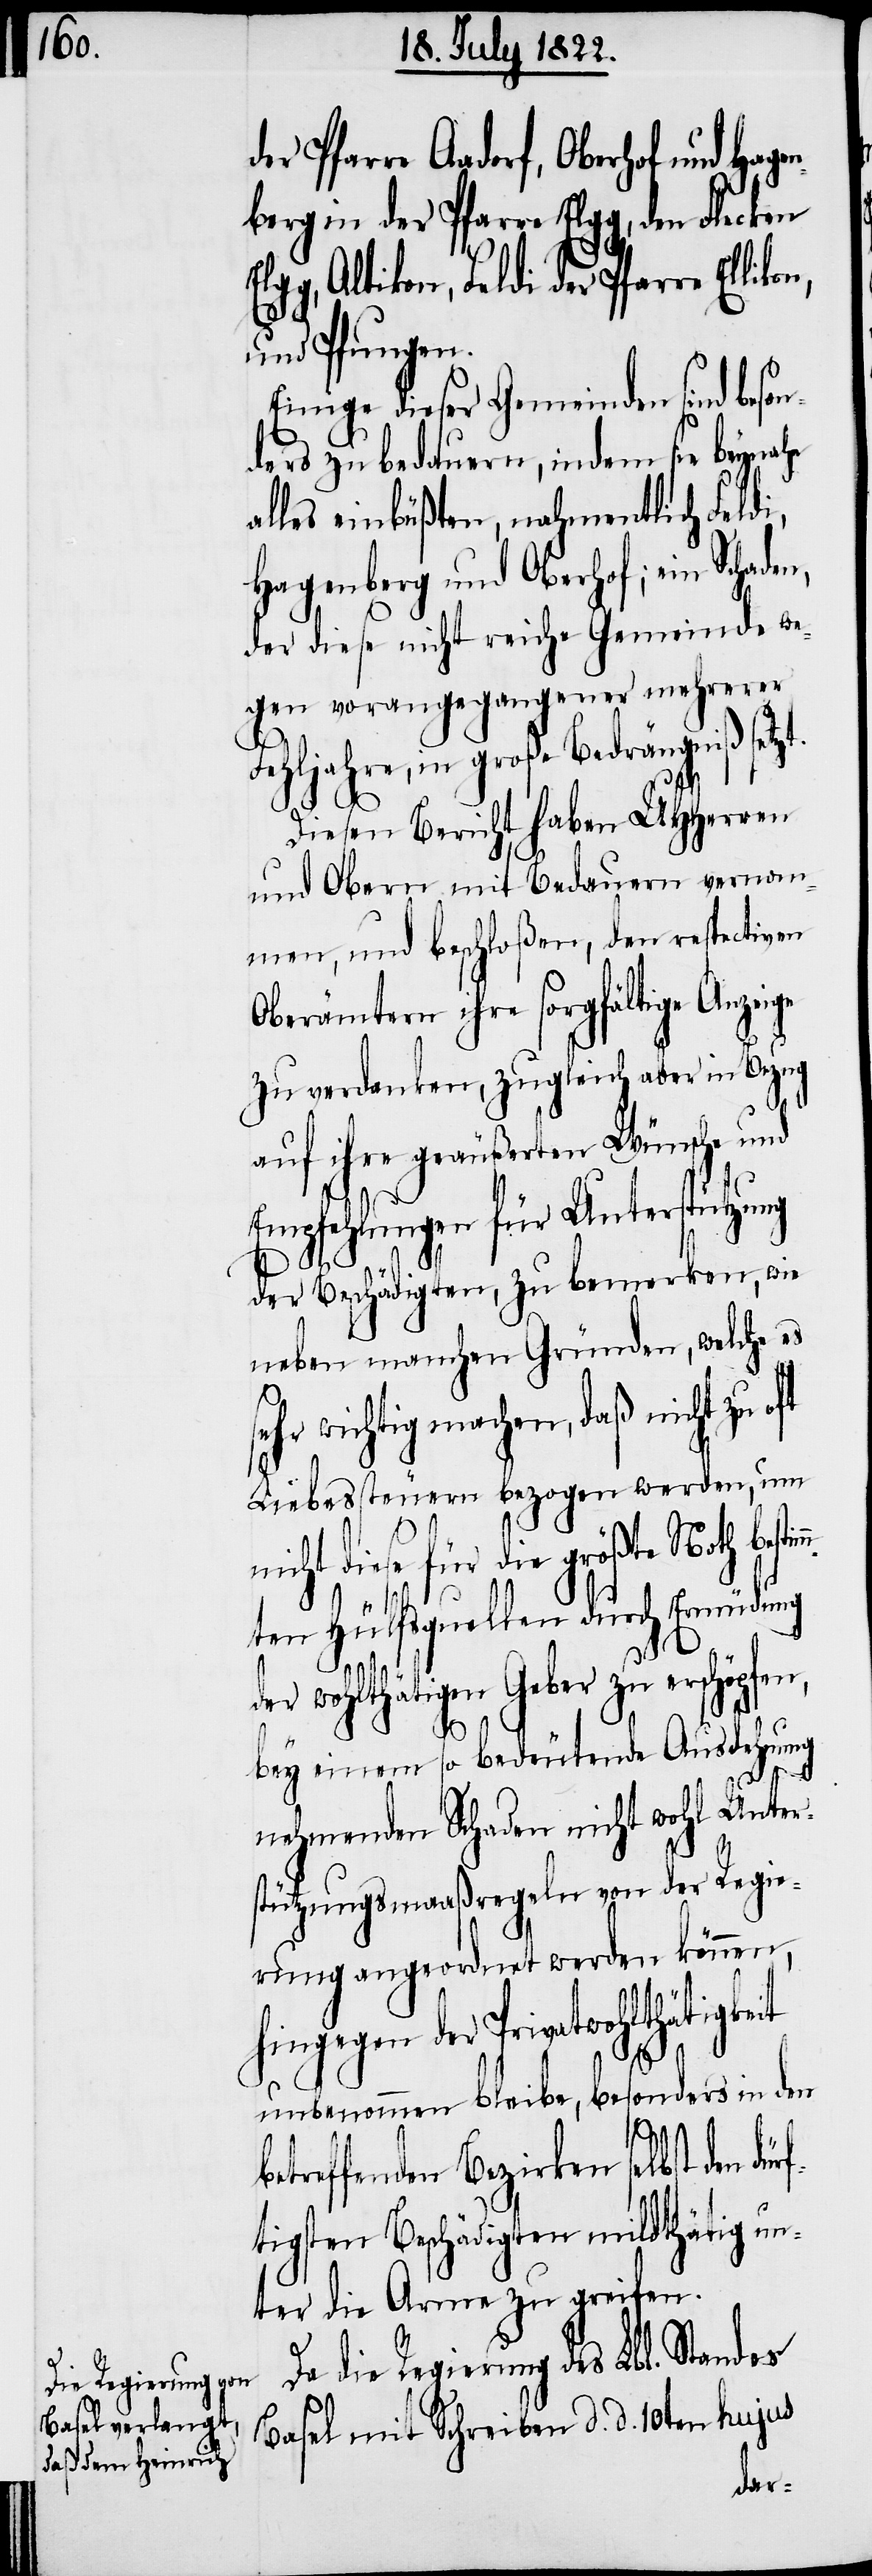
der Pfarre Aadorf, Oberhof und Hage¬
nberg in der Pfarre Elgg, den Flecken
Altikon, Feldi der Pfarre Elli¬
und Pfungen.
Einige dieser Gemeinden sind beson¬
ders zu bedauern, indem sie beynahe
alles einbüßten, nahmentlich Feldi,
Hagenberg und Oberdorf; ein Scha¬
der diese nicht reiche Gemeinde we¬
gen vorangegangener mehrerer
Fehljahre, in große Bedrängniß set¬
Diesen Bericht haben UHHerrn
und Obern mit Bedauern vernom¬
men, und beschloßen, den respectiven
Oberämtern ihre sorgfältige Anzeige
zu verdanken, zugleich aber in Bezug
auf ihre geäußerten Wünsche und
Empfehlungen für Unterstützung
der Beschädigten, zu bemerken, wie
neben manchen Gründen, welche es
hr wichtig machen, daß nicht zu
Liebessteuern bezogen werden, um
diese für die größte Noth be¬
mten Hülfsquellen durch Ermüdung
der wohlthätigen Geber zu erschöpfen,
bey einem so bedeutende Ausdehnung
dürf¬
nehmenden Schaden nicht wohl Unter¬
stützungsmaaßregeln von der Regie¬
rung angeordnet werden können,
hingegen der Privatwohlthäti¬
unbenommen bleibe, besonders in den
betreffenden Bezirken selbst den
tigsten Beschädigten mildthätig un¬
ter die Arme zu greifen.
Da die Regierung des Lbl. Standes
Basel mit Schreiben d. d. 10ten hujus
den,